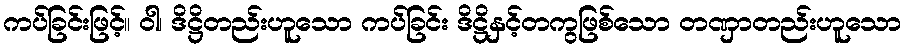
ကပ်ခြင်းဖြင့်။ ဝါ၊ ဒိဋ္ဌိတည်းဟူသော ကပ်ခြင်း ဒိဋ္ဌိနှင့်တကွဖြစ်သော တဏှာတည်းဟူသော